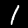
Digit: 1